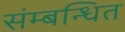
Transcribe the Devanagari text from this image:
संम्बन्धित